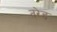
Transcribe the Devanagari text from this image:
तरेड़